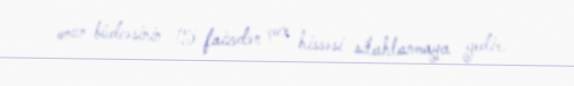
onun büdcəsinin 15 faizdən çox hissəsi silahlanmaya gedir.